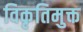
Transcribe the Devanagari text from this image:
विकृतिमुक्त